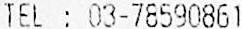
TEL : 03-78590861